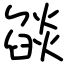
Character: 燄